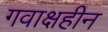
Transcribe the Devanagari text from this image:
गवाक्षहीन